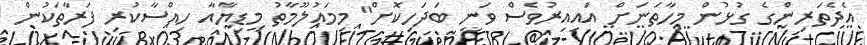
އެދެތަރިންގެ ގުޅުން މިހާތަނަށް އައިއިރުވެސް ވަނީ ބަދަހިކޮށް" މިމައުލޫމާތު މީޑިޔާއާ ހިއްސާކުރި ފަރާތަކުން